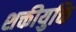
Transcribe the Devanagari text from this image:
शक्तीयुक्ति